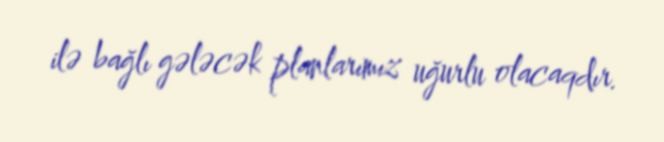
ilə bağlı gələcək planlarımız uğurlu olacaqdır.